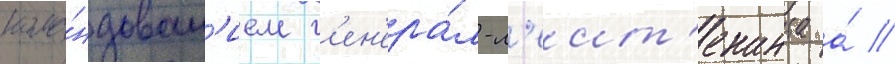
кома́ндован'ием г'ен'ера́л-л'еит'енанта а́ //